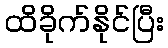
ထိခိုက်နိုင်ပြီး